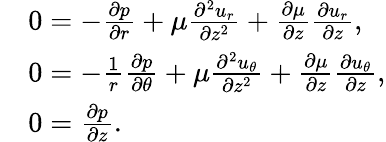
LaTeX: \begin{array}{rl}&{0=-\frac{\partial p}{\partial r}+\mu\frac{\partial^{2}u_{r}}{\partial{z}^{2}}+\frac{\partial\mu}{\partial z}\frac{\partial u_{r}}{\partial z},}\\ &{0=-\frac{1}{r}\frac{\partial p}{\partial\theta}+\mu\frac{\partial^{2}u_{\theta}}{\partial{z}^{2}}+\frac{\partial\mu}{\partial z}\frac{\partial u_{\theta}}{\partial z},}\\ &{0=\frac{\partial p}{\partial z}.}\end{array}